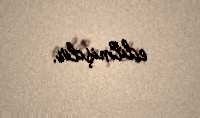
edilmişdir.